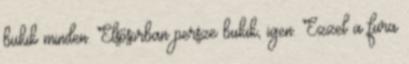
bukik minden. Elsősorban persze bukik, igen. Ezzel a fura